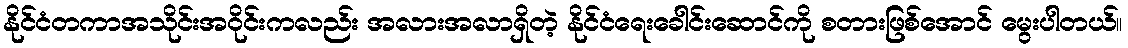
နိုင်ငံတကာအသိုင်းအဝိုင်းကလည်း အလားအလာရှိတဲ့ နိုင်ငံရေးခေါင်းဆောင်ကို စတားဖြစ်အောင် မွေးပါတယ်။